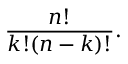
{ \frac { n ! } { k ! ( n - k ) ! } } .